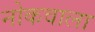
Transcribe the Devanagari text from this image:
नोकवाला